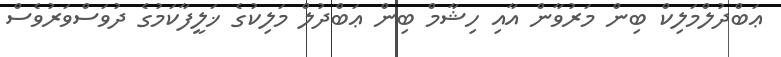
ޢަބްދުލްމަލިކް ބިން މަރުވާން އާއި ހިޝާމް ބިން ޢަބްދުލް މަލިކުގެ ޚަލީފާކަމުގެ ދުވަސްވަރުވެސް